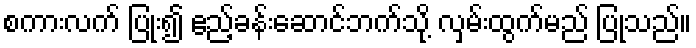
စကားလက် ပြုံး၍ ဧည့်ခန်းဆောင်ဘက်သို့ လှမ်းထွက်မည် ပြုသည်။